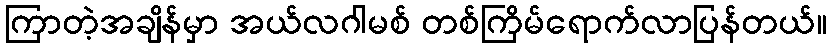
ကြာတဲ့အချိန်မှာ အယ်လဂါမစ် တစ်ကြိမ်ရောက်လာပြန်တယ်။